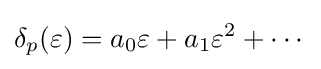
\delta _{p}(\varepsilon )=a_{0}\varepsilon +a_{1}\varepsilon ^{2}+\cdots